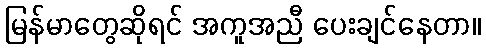
မြန်မာတွေဆိုရင် အကူအညီ ပေးချင်နေတာ။